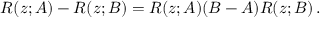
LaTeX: R ( z ; A ) - R ( z ; B ) = R ( z ; A ) ( B - A ) R ( z ; B ) \, .